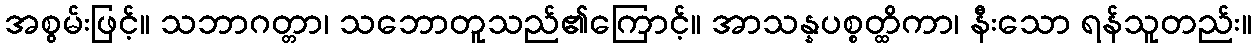
အစွမ်းဖြင့်။ သဘာဂတ္တာ၊ သဘောတူသည်၏ကြောင့်။ အာသန္နပစ္စတ္ထိကာ၊ နီးသော ရန်သူတည်း။